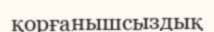
қорғанышсыздық